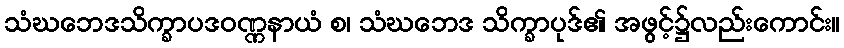
သံဃဘေဒသိက္ခာပဒဝဏ္ဏနာယံ စ၊ သံဃဘေဒ သိက္ခာပုဒ်၏ အဖွင့်၌လည်းကောင်း။